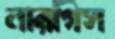
নারগিস